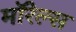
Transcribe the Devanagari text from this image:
मॉरेल्स